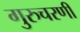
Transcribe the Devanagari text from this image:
गुरुचरणी